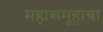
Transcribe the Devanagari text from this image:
महासमूहाचा